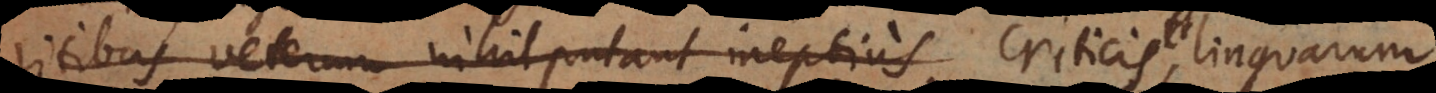
ritibus veterum, nihil putant ineptius linguarum